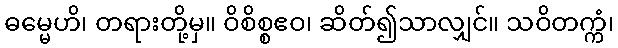
ဓမ္မေဟိ၊ တရားတို့မှ။ ဝိစိစ္စဧဝ၊ ဆိတ်၍သာလျှင်။ သဝိတက္ကံ၊